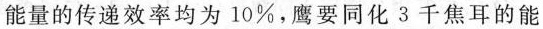
能量的传递效率均为10%，鹰要同化3千焦耳的能